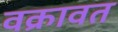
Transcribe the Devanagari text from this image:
वक्रावत